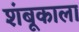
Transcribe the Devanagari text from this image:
शंबूकाला